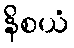
နိစယံ